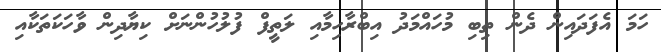
ހަމަ އެފަދައިން ދެން ތިިބި މުހައްމަދު އިބްރާހިމާއި ލަތީފް ފުލުހުންނަށް ކިޔާދިން ވާހަކަތަކާއި